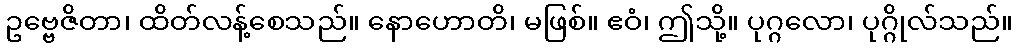
ဥဗ္ဗေဇိတာ၊ ထိတ်လန့်စေသည်။ နောဟောတိ၊ မဖြစ်။ ဧဝံ၊ ဤသို့။ ပုဂ္ဂလော၊ ပုဂ္ဂိုလ်သည်။